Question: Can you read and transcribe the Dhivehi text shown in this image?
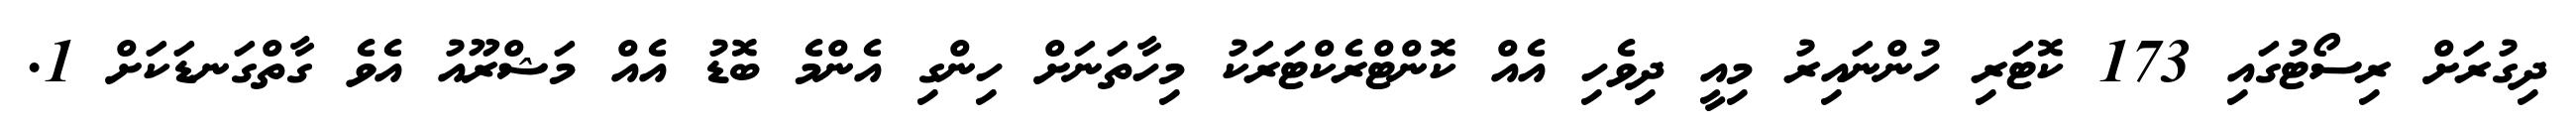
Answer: ދިގުރަށް ރިސޯޓުގައި 173 ކޮޓަރި ހުންނައިރު މިއީ ދިވެހި އެއް ކޮންޓްރެކްޓަރަކު މިހާތަނަށް ހިންގި އެންމެ ބޮޑު އެއް މަޝްރޫއު އެވެ ގާތްގަނޑަކަށް 1.